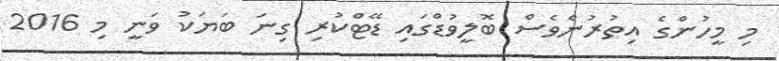
މި މީހުންގެ އިތުރުންވެސް ބޮލީވުޑްގައި ޑޭޓްކުރި ގިނަ ބަޔަކު ވަނީ މި 2016